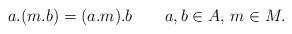
LaTeX: \begin{align*} a.(m.b) = (a.m).b \qquad a,b\in A,\, m\in M.\end{align*}